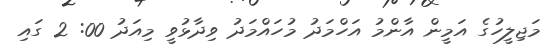
މަޖިލީހުގެ އަމީން އާންމު އަހްމަދު މުހައްމަދު ވިދާޅުވީ މިއަދު 00: 2 ގައި